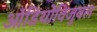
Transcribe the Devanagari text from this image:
ऑडियोविजुवल